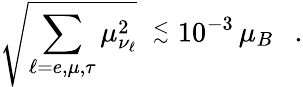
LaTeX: \sqrt{\sum_{\ell=e,\mu,\tau}\mu_{\nu_{\ell}}^{2}}\ \stackrel{<}{_\sim}10^{-3}\, \mu_{B}\ \ \ .